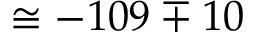
\cong - 1 0 9 \mp 1 0